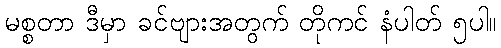
မစ္စတာ ဒီမှာ ခင်ဗျားအတွက် တိုကင် နံပါတ် ၅ပါ။